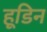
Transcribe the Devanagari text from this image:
हूडिन